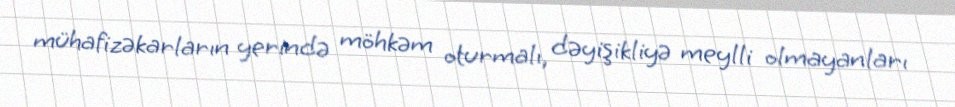
mühafizəkarların yerində möhkəm oturmalı, dəyişikliyə meylli olmayanları